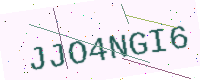
Text: JJO4NGI6